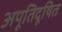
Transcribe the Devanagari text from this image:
अपूतिदूषित